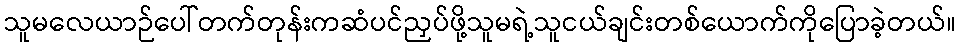
သူမလေယာဉ်ပေါ်တက်တုန်းကဆံပင်ညှပ်ဖို့သူမရဲ့သူငယ်ချင်းတစ်ယောက်ကိုပြောခဲ့တယ်။